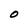
Character: O